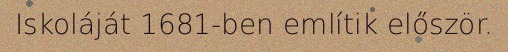
Iskoláját 1681-ben említik először.